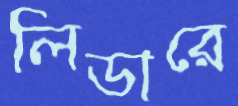
লিডারে